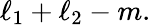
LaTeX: \ell_{1}+\ell_{2}-m.